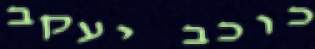
כוכב יעקב